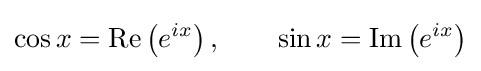
\cos x=\operatorname {Re} \left(e^{ix}\right),\qquad \sin x=\operatorname {Im} \left(e^{ix}\right)